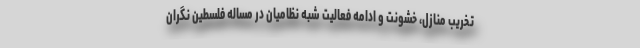
تخریب منازل، خشونت و ادامه فعالیت شبه نظامیان در مساله فلسطین نگران